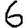
Digit: 6